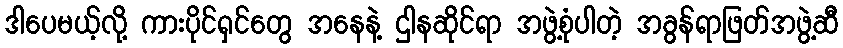
ဒါပေမယ့်လို့ ကားပိုင်ရှင်တွေ အနေနဲ့ ဌါနဆိုင်ရာ အဖွဲ့စုံပါတဲ့ အခွန်ရာဖြတ်အဖွဲ့ဆီ